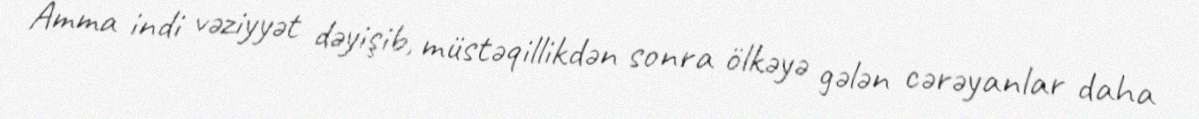
Amma indi vəziyyət dəyişib, müstəqillikdən sonra ölkəyə gələn cərəyanlar daha